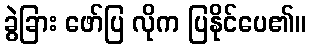
ခွဲခြား ဖော်ပြ လိုက ပြနိုင်ပေ၏။